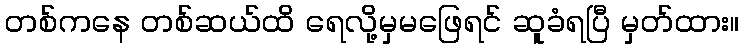
တစ်ကနေ တစ်ဆယ်ထိ ရေလို့မှမဖြေရင် ဆူခံရပြီ မှတ်ထား။